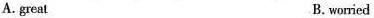
A.great B. worried